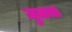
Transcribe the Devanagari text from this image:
जुळता